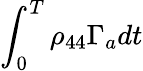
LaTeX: \int_{0}^{T}\rho_{44}\Gamma_{a}dt